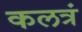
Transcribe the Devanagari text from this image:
कलत्रं